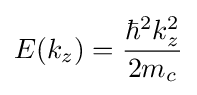
E(k_{z})={\hbar ^{2}k_{z}^{2} \over 2m_{c}}